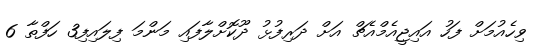
ވިހެއުމަށް ފަހު އައިޖީއެމްއެޗް އަށް ދަރިފުޅު ދޫކޮށްލާފައި މަންމަ ފިލައިފި3 ހަފްތާ 6